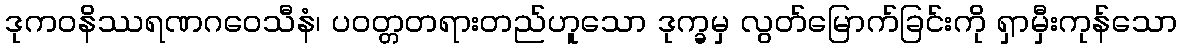
ဒုကဝနိဿရဏဂဝေသီနံ၊ ပဝတ္တတရားတည်ဟူသော ဒုက္ခမှ လွတ်မြောက်ခြင်းကို ရှာမှီးကုန်သော